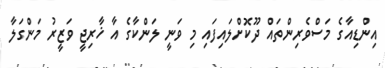
އިންޑިއާގެ މަސްވެރިންތައް ދޫކޮށްލައިފައި މި ވަނީ ލަންކާގެ އާ ޚާރިޖީ ވަޒީރު މަންގަލާ